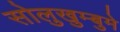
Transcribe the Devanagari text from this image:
सोलुखुम्बुमे